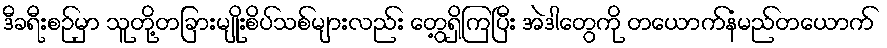
ဒီခရီးစဉ်မှာ သူတို့တခြားမျိုးစိပ်သစ်များလည်း တွေ့ရှိကြပြီး အဲဒါတွေကို တယောက်နံမည်တယောက်